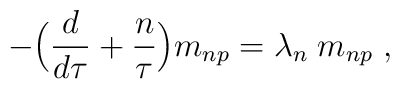
-\Bigr({d\over d\tau}+{n\over \tau}\Bigr)m_{np}=\lambda_{n} \; m_{np} \; ,